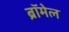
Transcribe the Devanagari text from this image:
ब्रॉमेल